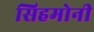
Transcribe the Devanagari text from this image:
सिहमोनी